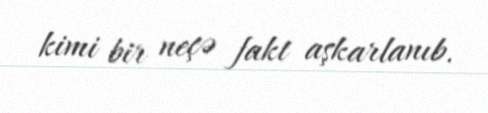
kimi bir neçə fakt aşkarlanıb.